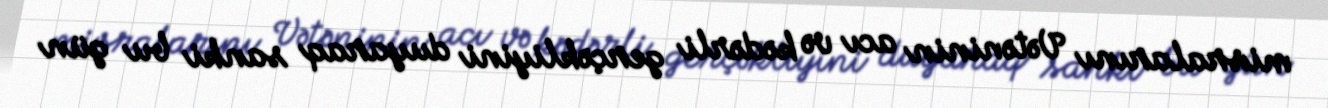
misralarını Vətəninin acı və kədərli gerçəkliyini duyaraq sanki bu gün